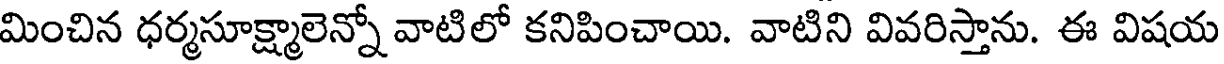
మించిన ధర్మసూక్ష్మాలెన్నో వాటిలో కనిపించాయి. వాటిని వివరిస్తాను. ఈ విషయ